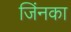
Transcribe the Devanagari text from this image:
जिंनका